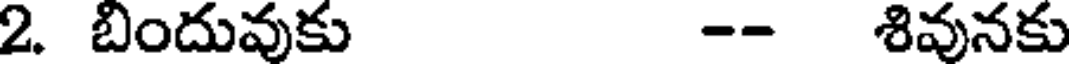
2. బిందువుకు -- శివునకు